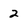
Character: 2